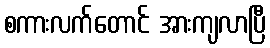
စကားလက်တောင် အားကျလာပြီ